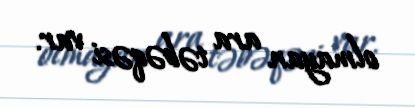
olmayan ara təbəqəsi var.